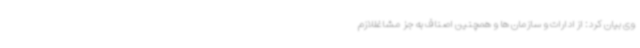
وی بیان کرد: از ادارات و سازمان ها و همچنین اصناف به جز مشاغللازم